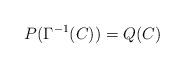
LaTeX: \begin{align*}P(\Gamma^{-1}(C))=Q(C) \end{align*}